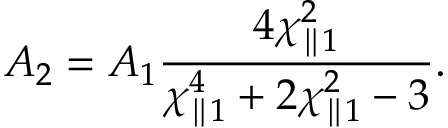
A _ { 2 } = A _ { 1 } \frac { 4 \chi _ { \parallel 1 } ^ { 2 } } { \chi _ { \parallel 1 } ^ { 4 } + 2 \chi _ { \parallel 1 } ^ { 2 } - 3 } .